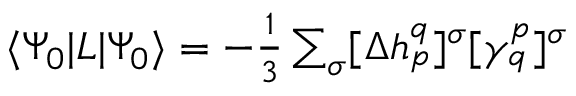
\begin{array} { r } { \langle { \Psi _ { 0 } } | L | { \Psi _ { 0 } } \rangle = - \frac { 1 } { 3 } \sum _ { \sigma } [ \Delta h _ { p } ^ { q } ] ^ { \sigma } [ \gamma _ { q } ^ { p } ] ^ { \sigma } } \end{array}